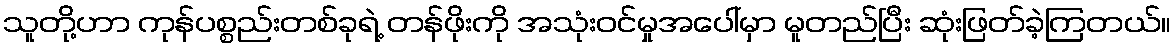
သူတို့ဟာ ကုန်ပစ္စည်းတစ်ခုရဲ့ တန်ဖိုးကို အသုံးဝင်မှုအပေါ်မှာ မူတည်ပြီး ဆုံးဖြတ်ခဲ့ကြတယ်။